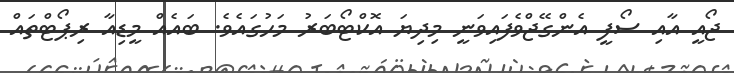
ޖޯއީ އާއި ސޯފީ އެންގޭޖްވެފައިވަނީ މިދިޔަ އޮކްޓޯބަރު މަހުގައެވެ. ބައެއް މީޑިއާ ރިޕޯޓްތައް